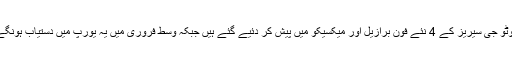
موٹو جی سیریز کے 4 نئے فون برازیل اور میکسیکو میں پیش کر دئیے گئے ہیں جبکہ وسط فروری میں یہ یورپ میں دستیاب ہونگے۔